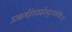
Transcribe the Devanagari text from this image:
उत्कर्षहेतवस्तेस्युरचलस्थितयो